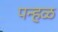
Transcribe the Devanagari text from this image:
पन्हळ